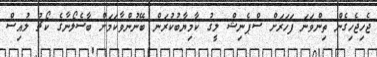
ޖެހިޖެހިގެން ތިންވަނަ ފަހަރަށް ސްޕެނިޝް ލީގު ކާމިޔާބުކުރަން ބޭނުންވާކަމަށް ބާސެލޯނާގެ ކޯޗު ލުއިސް